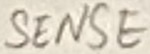
Text: SENSE